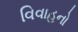
વિવાહનો